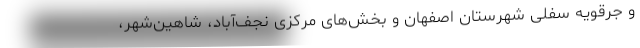
و جرقویه سفلی شهرستان اصفهان و بخش‌های مرکزی نجف‌آباد، شاهین‌شهر،